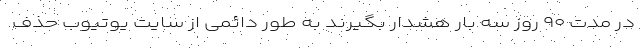
در مدت ۹۰ روز سه بار هشدار بگیرند به طور دائمی از سایت یوتیوب حذف